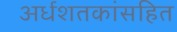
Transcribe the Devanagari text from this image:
अर्धशतकांसहित